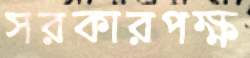
সরকারপক্ষ